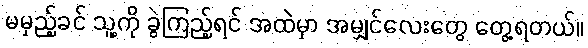
မမှည့်ခင် သူ့ကို ခွဲကြည့်ရင် အထဲမှာ အမျှင်လေးတွေ တွေ့ရတယ်။